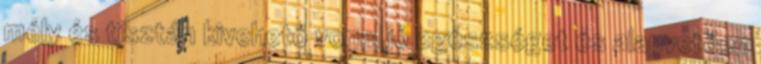
mély és tisztán kivehető vonal jó egészséget és alapvetően